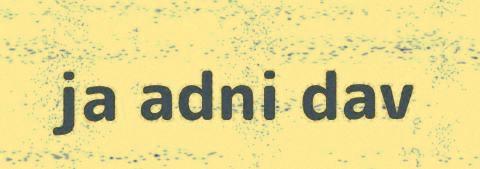
ja adni dav